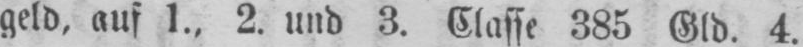
geld‚ auf 1., 2. und 3. Classe 385 Gld. 4.